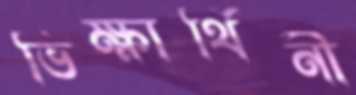
ভিক্ষার্থিনী